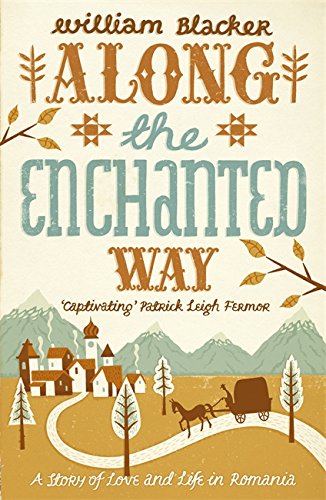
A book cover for Along the Enchanted Way: A Story of Love and Life in Romania. William Blacker; Blacker; Travel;